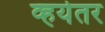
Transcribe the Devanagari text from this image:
व्हयेतर